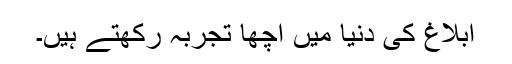
ابلاغ کی دنیا میں اچھا تجربہ رکھتے ہیں۔